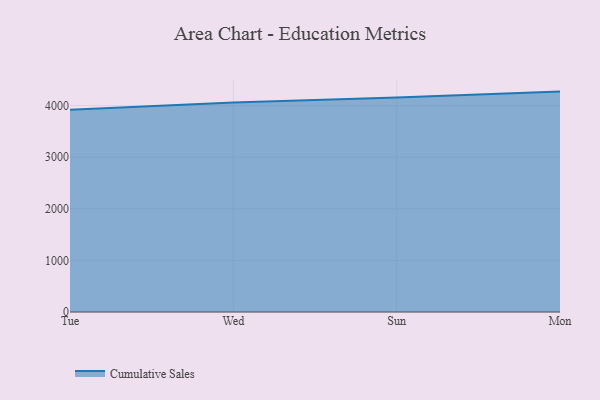
{"axis": {"x": "Day", "y": "Page Views"}, "legend": ["Cumulative Sales"], "data": [{"x": "Tue", "y": 3919.4, "type": "Cumulative Sales"}, {"x": "Wed", "y": 4058.1, "type": "Cumulative Sales"}, {"x": "Sun", "y": 4158.3, "type": "Cumulative Sales"}, {"x": "Mon", "y": 4270.7, "type": "Cumulative Sales"}]}